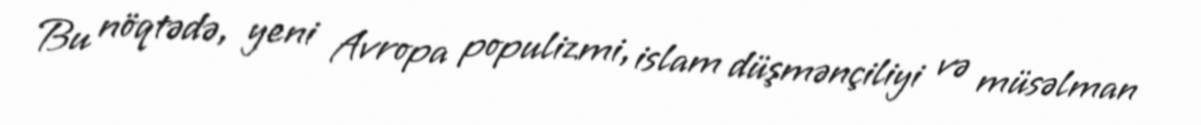
Bu nöqtədə, yeni Avropa populizmi, islam düşmənçiliyi və müsəlman